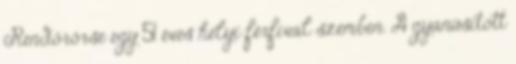
Rendőrőrse egy 51 éves helyi férfival szemben. A gyanúsított